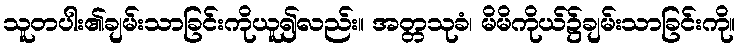
သူတပါး၏ချမ်းသာခြင်းကိုယူ၍လည်း။ အတ္တသုခံ၊ မိမိကိုယ်၌ချမ်းသာခြင်းကို။